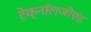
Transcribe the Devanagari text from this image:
टेक्नॉलजीएंड